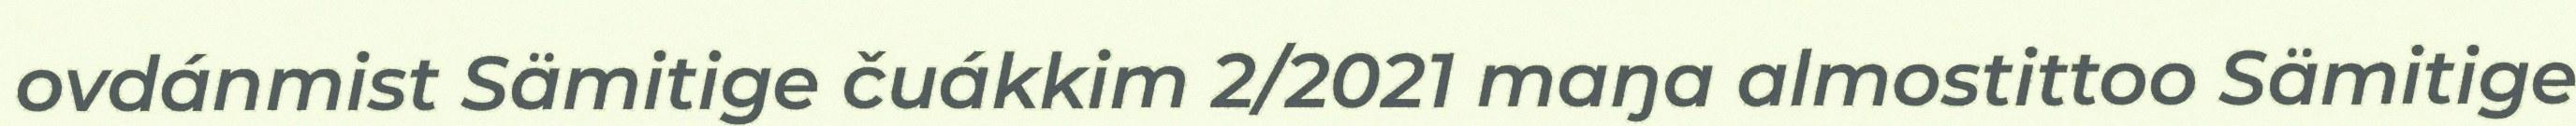
ovdánmist Sämitige čuákkim 2/2021 maŋa almostittoo Sämitige